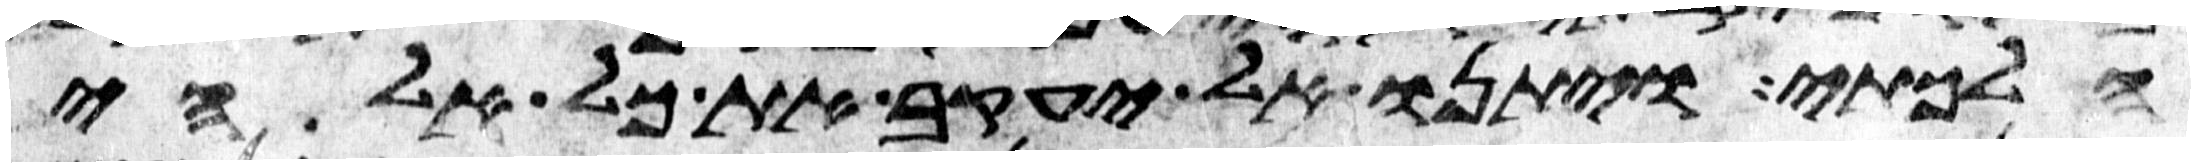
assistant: הלכתי ויתנו אל יעקב את כל אלהי